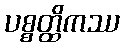
ပစ္စတ္ထိကဿ